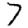
Digit: 7